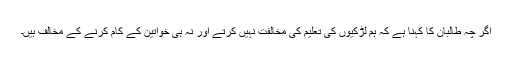
اگر چہ طالبان کا کہنا ہے کہ ہم لڑکیوں کی تعلیم کی مخالفت نہیں کرتے اور نہ ہی خواتین کے کام کرنے کے مخالف ہیں۔